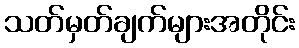
သတ်မှတ်ချက်များအတိုင်း